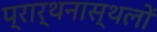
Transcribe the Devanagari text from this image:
प्रार्थनास्थलों